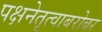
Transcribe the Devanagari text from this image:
पक्षनेतृत्वाबरोबर